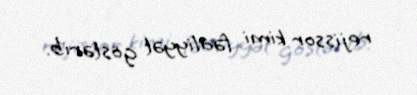
rejissor kimi fəaliyyət göstərib.